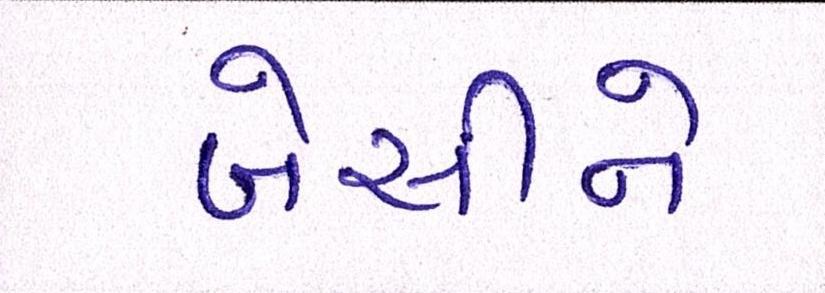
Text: બેસીને